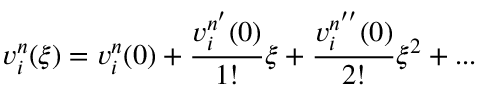
\boldsymbol { v } _ { i } ^ { n } ( \xi ) = \boldsymbol { v } _ { i } ^ { n } ( 0 ) + \frac { \boldsymbol { v } _ { i } ^ { n ^ { \prime } } ( 0 ) } { 1 ! } \xi + \frac { \boldsymbol { v } _ { i } ^ { n ^ { \prime \prime } } ( 0 ) } { 2 ! } \xi ^ { 2 } + . . .